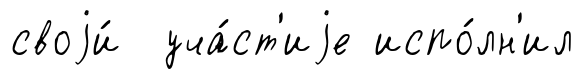
своjи́ уча́ст'иjе испо́лн'ил